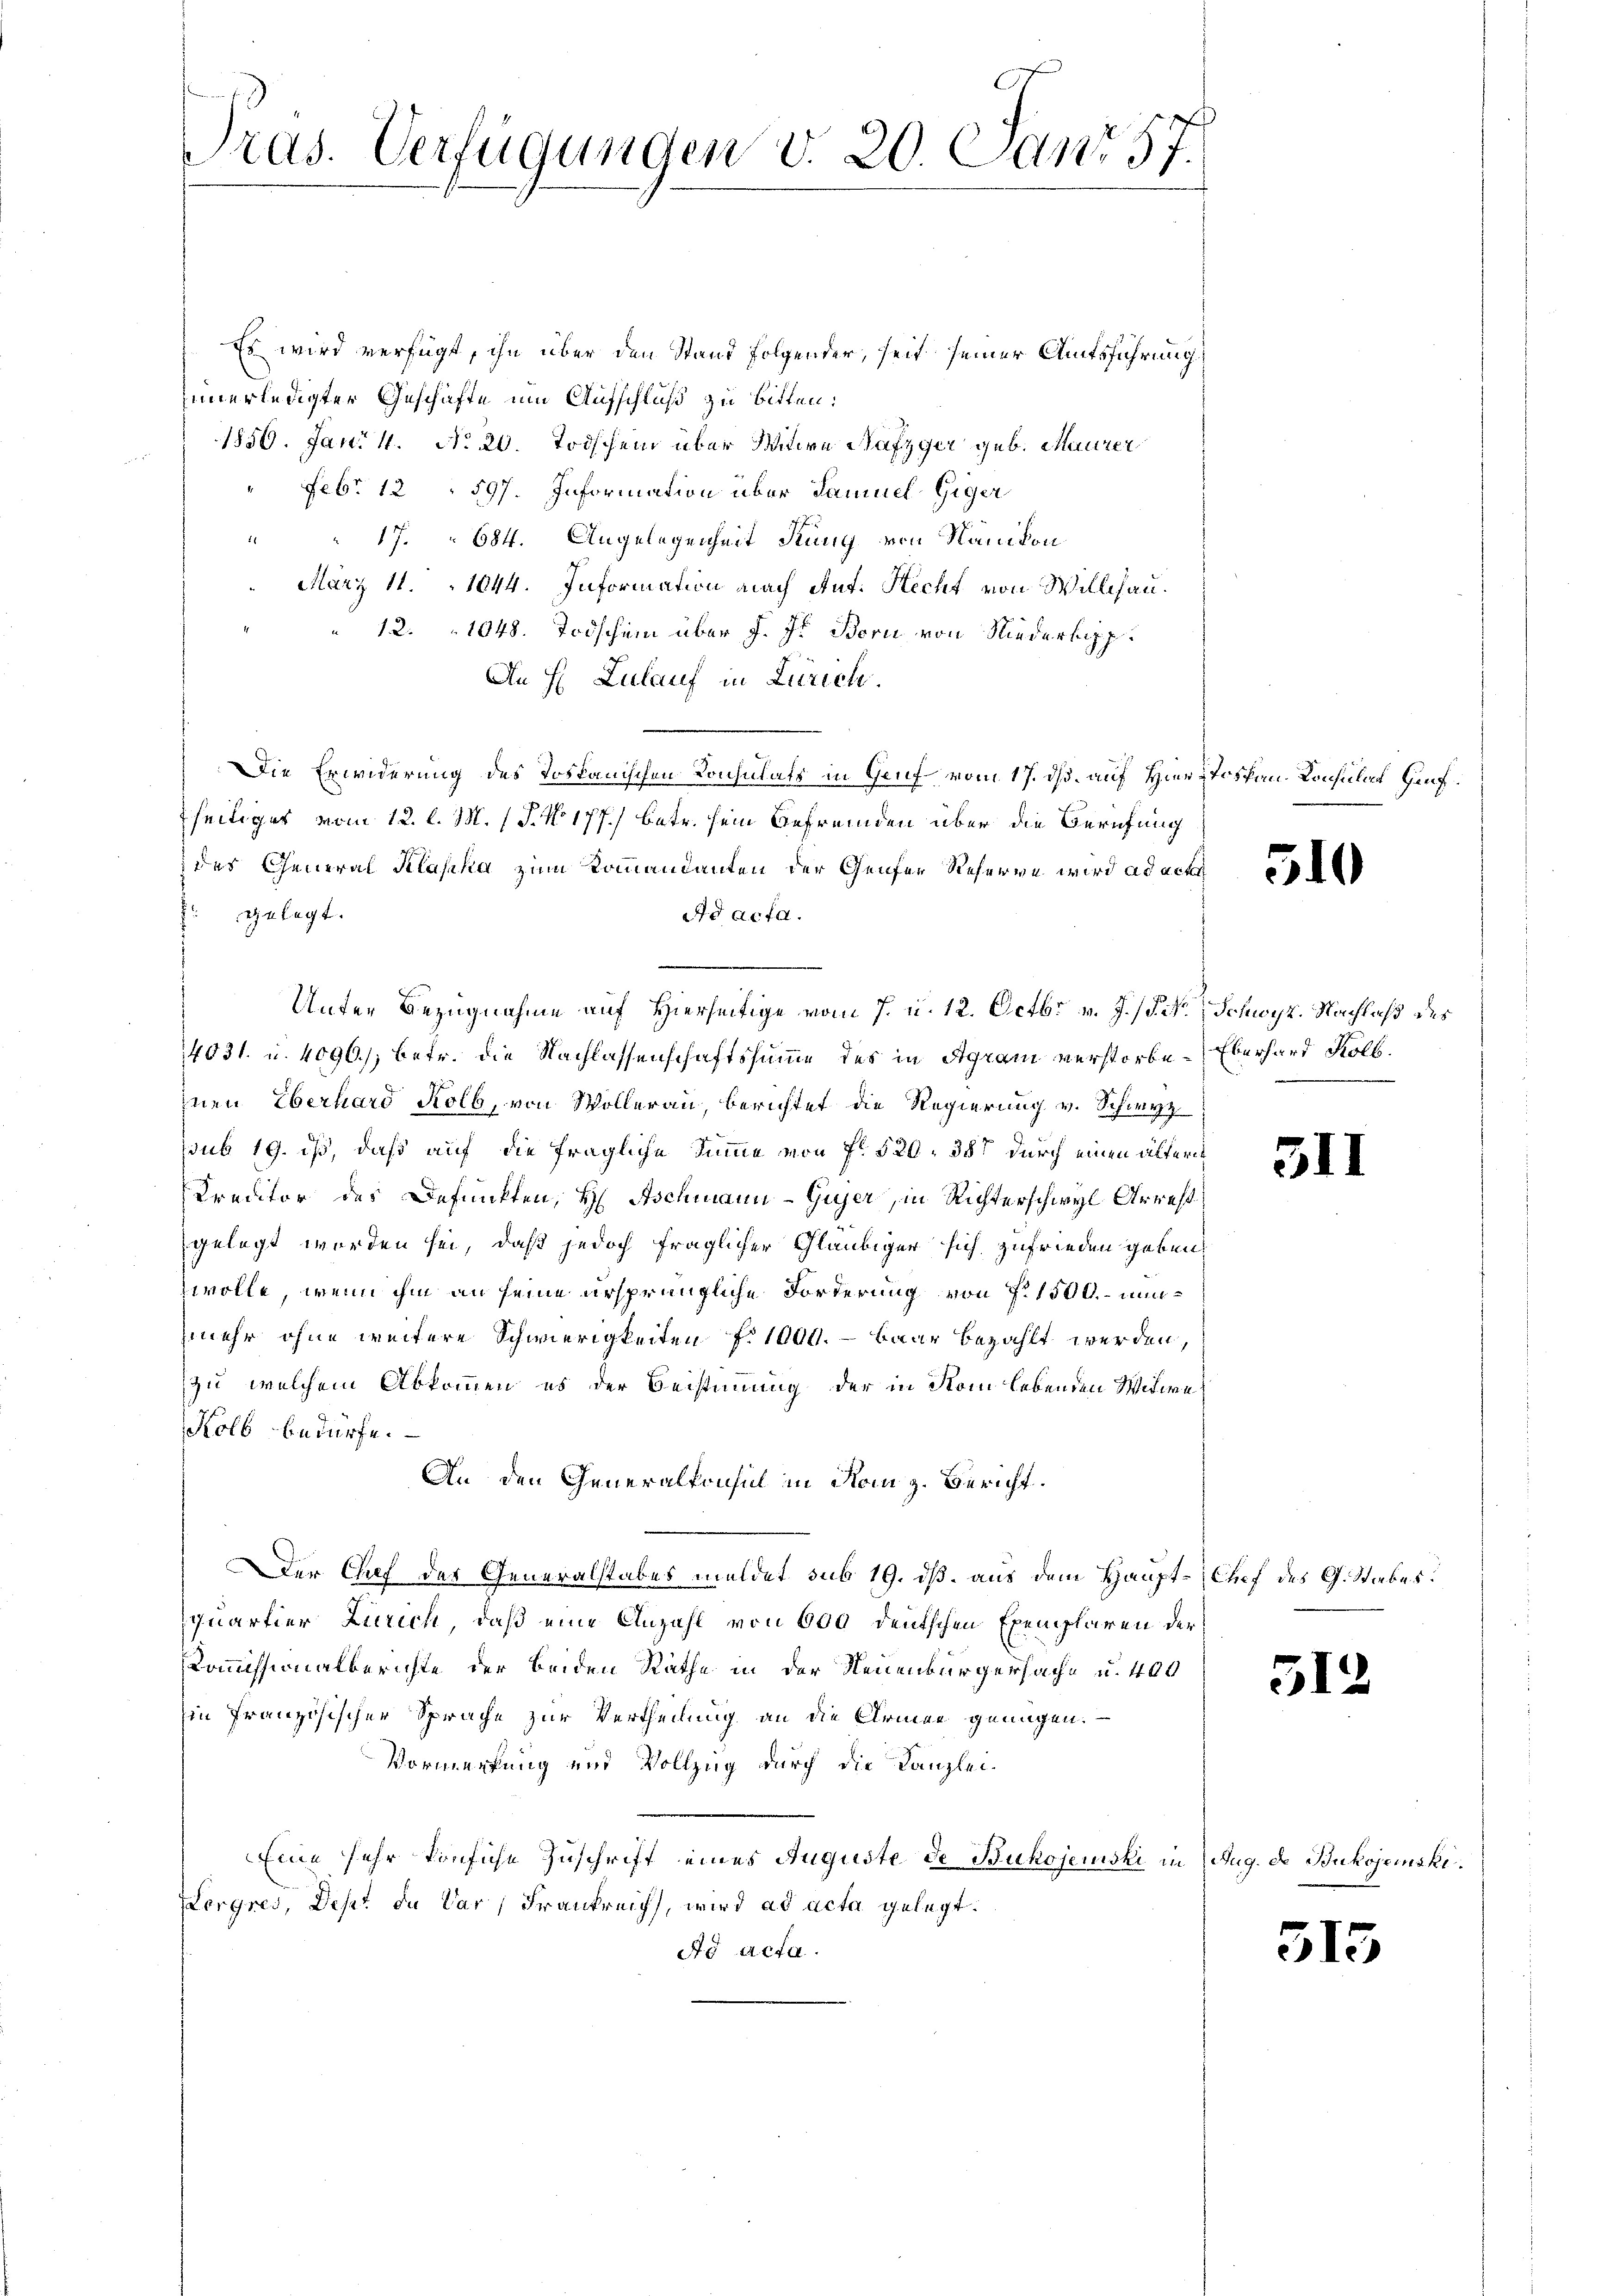
Tras. Verfügungen v. 20. Janr 57.

Es wird verfügt, ihn über den Stand folgender, seit seiner Amtsführung
nnerledigter Geschäfte um Aufschluß zu bitten:
1856. Jani 4. No 20. Todschen über Mitwe Rafzger geb. Maurer
Febr. 12597. Information über Samuel Giger
i
17. 684. Angelegenheit drung von Nänikon
 März 11. 1044. Information nach Auf. Hecht von Willhau¬
12. 1048. Todschein über J. J. Bern von Niederbepp¬
An H. Zulauf in Zürich.
Die Erwiderung des Tostanischen Conchmals in Genf vom 17. ds. auf Hier Toscan. Konsulat Genfseitiger vom 12. l. M. (T. No 177) betr. sein Befremden über die Berufung
des General Klaska zum Kommandanten der Genfer Reserve wird ad act
gelegt.
ad acta.
¬
Unter Bezugnahme auf Hierseitige vom 7. u. 12. Octbr. v. J. /. M. Schwyz. Nachlaß des
14031 u. 4096), betr. die Nachlassenschaftssumme des in Agram verstorbe. Eberhard Kolb.
nen Eberhard Kolb, von Wollerau, berichtet die Regierung v. Schwyz
sub 19. ist, daß auf die fragliche Summe von f. 520. 357 durch einen ältern
Kreditor des Defunkten, H. Aschmann-Gujer, in Richterschwyl Arrest
gelegt worden sei, daß jedoch fraglicher Gläubiger sich zufrieden geben
wolle, wenn ihm an seine ursprüngliche Forderung von P. 1500 nunmehr ohne weitere Schwierigkeiten f. 1000. - baar bezahlt werden,
zu, welchem Abkommen, es der Beistimmung der in Som lebenden Witwe
Kolb bedürfe.
An den Generalkonsul in Rom z. Bericht.
Der Chef der Generalstabes meldet sub 19. ds. aus dem Haupt-Chef des G. Stabes.
quartier Zürich, daß eine Anzahl von 600 deutschen Exemplaren der
Kommissionalberichte der beiden Räthe in der Neuenburgersache u. 400
Ein französischer Sprache zur Vertheilung an die Armen genügen.
Vormerkung und Vollzug durch die Kanzlei-
Eine sehr konfiche Zuschrift eines Auguste de Bukojenski in Zug. de Bukojemski¬
Hergres, Deser da dar, Frankreich, wird ad acta gelegt.
Ad Acta.

510

511

512

515